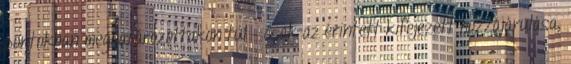
pontokban meghatározottakon túl – csak az érintett kifejezett hozzájárulása,